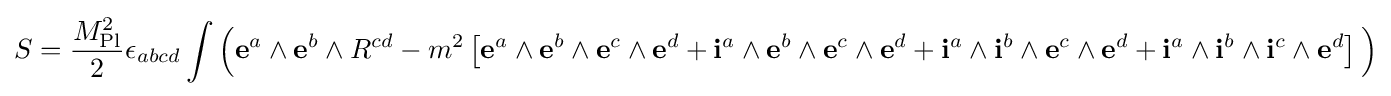
S={\frac {M_{\text{Pl}}^{2}}{2}}\epsilon _{abcd}\int {\Big (}\mathbf {e} ^{a}\land \mathbf {e} ^{b}\land R^{cd}-m^{2}\left[\mathbf {e} ^{a}\land \mathbf {e} ^{b}\land \mathbf {e} ^{c}\land \mathbf {e} ^{d}+\mathbf {i} ^{a}\land \mathbf {e} ^{b}\land \mathbf {e} ^{c}\land \mathbf {e} ^{d}+\mathbf {i} ^{a}\land \mathbf {i} ^{b}\land \mathbf {e} ^{c}\land \mathbf {e} ^{d}+\mathbf {i} ^{a}\land \mathbf {i} ^{b}\land \mathbf {i} ^{c}\land \mathbf {e} ^{d}\right]{\Big )}